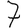
Digit: 7